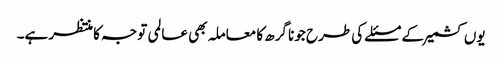
یوں کشمیر کے مسئلے کی طرح جونا گرھ کا معاملہ بھی عالمی توجہ کا منتظر ہے۔